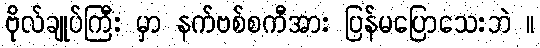
ဗိုလ်ချုပ်ကြီး မှာ နက်ဗစ်စကီအား ပြန်မပြောသေးဘဲ ။